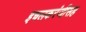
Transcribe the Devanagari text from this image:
इचलकरंजीसह